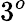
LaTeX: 3^{o}